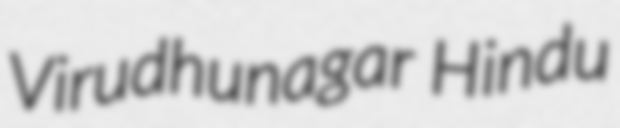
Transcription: Virudhunagar Hindu